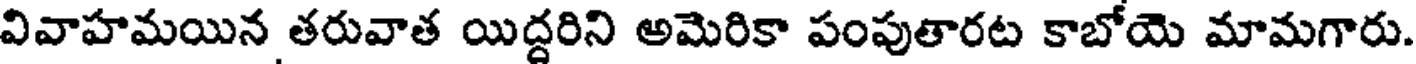
వివాహమయిన తరువాత యిద్దరిని అమెరికా పంపుతారట కాబోయె మామగారు.